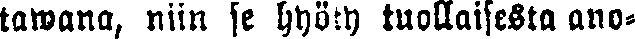
tawana, niin se hyöty tuollaisesta ano-